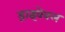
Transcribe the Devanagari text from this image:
ड्राइवेबल